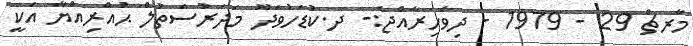
މާރޗް 29 - 1979 - ދިވެހިރާއްޖެ:- ދ.ކުޑަހުވަދޫ މަދަރުސަތުލް ޙުއްރިއްޔާ އަކީ